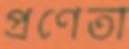
প্রণেতা